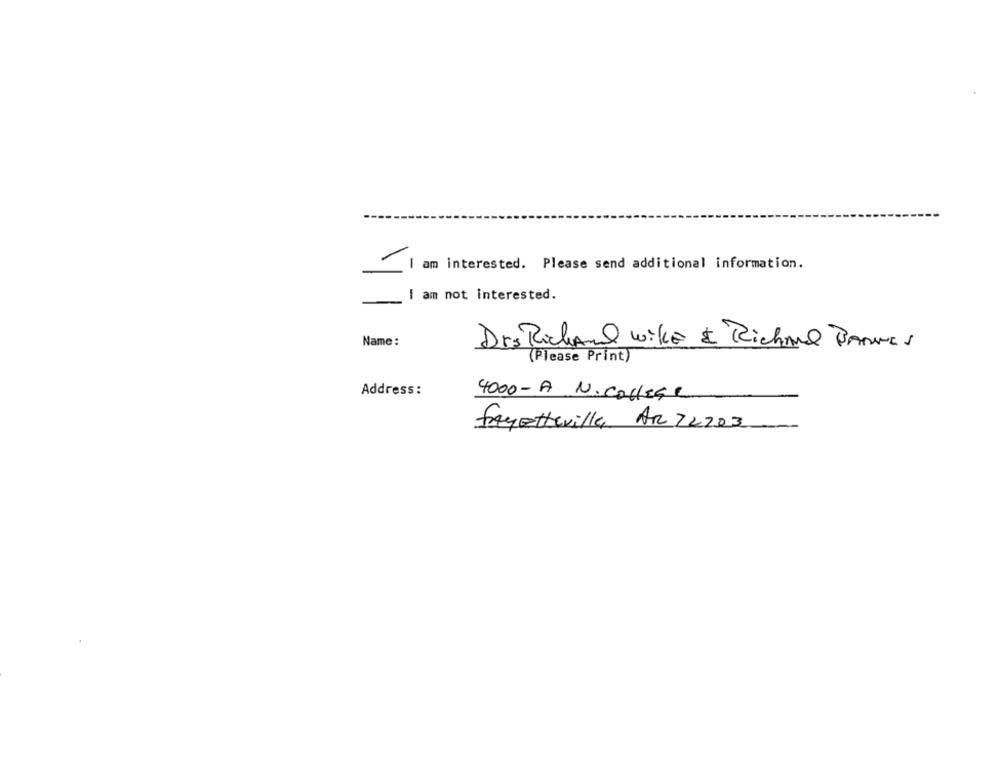
am interested. Please send additional information.
I am not interested.
Name :
Drs Richard wikE & Richard BARNES
(Please Print)
Address :
4000-A N.college
fayetteville AR 72203